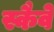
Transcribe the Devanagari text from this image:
स्कैवे